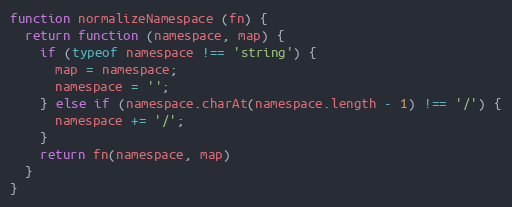
Language: JavaScript
function normalizeNamespace (fn) {
  return function (namespace, map) {
    if (typeof namespace !== 'string') {
      map = namespace;
      namespace = '';
    } else if (namespace.charAt(namespace.length - 1) !== '/') {
      namespace += '/';
    }
    return fn(namespace, map)
  }
}